Report on horse surra - Volume II, Part I
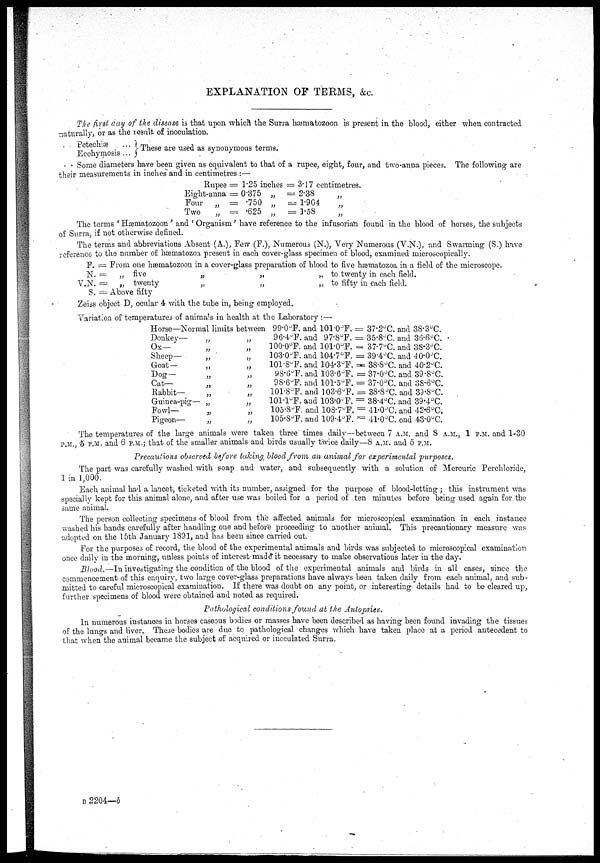
EXPLANATION OF TERMS, &c.
The first day of the disease is that upon which the Surra hæmatozoon is present in the blood, either when contracted
naturally, or as the result of inoculation.
Petchaiæ
...}These
are used as synonymous terms.
Ecchymosis ...
Some diameters have been given as equivalent to that of a rupee, eight, four, and two-anna pieces. The following are
their measurements in inches and in centimetres :—
Rupee
Eight-anna
Four
Two
„
„
=
=
=
=
1.25 inches
0.375
.750
.625
„
„
„
=
=
=
=
3.17
2.38
1.904
1.58
centimetres.
„
„
„
The terms ' Hæmatozoon' and 'Organism' have reference to the infusorian found in the blood of horses, the subjects
of Surra, if not otherwise defined.
The terms and abbreviations Absent (A.), Few (F.), Numerous (N.), Very Numerous (V.N.), and Swarming (S.) have
reference to the number of hæmatozoa present in each cover-glass specimen of blood, examined microscopically.
V.
F.
N.
N.
S.
=
=
=
=
From one hæmatozoon in a cover-glass preparation of blood to five hæmatozoa in a field of the microscope.
„
„
five
twenty
Above fifty
„
„
„
„
„ to twenty in each field.
„ to fifty in each field.
Zeiss object D, ocular 4 with the tube in, being employed.
Variation of temperatures of animals in health at the Laboratory :—
Horse—Normal limits between
Donkey—
Ox—
Sheep—
Goat —
Dog—
Cat—
Rabbit—
Guinea-pig-
Fowl—
Pigeon—
„
„
„
„
„
„
„
„
„
„
„
„
„
„
„
„
„
„
„
„
99.0°F. and 101.0ºF.
96.4°F. and 97.8°F.
100.0°F. and 101.0°F.
103.0°F. and 104.7°F.
101.8°F. and 104.3°F.
98.6°F. and 103.6°F.
98.6°F. and 101.5°F.
101.8°F. and 103.6°F.
101.1°F. and 103.0°F.
105.8°F. and 108.7°F.
105.8°F. and 109.4°F.
= 37.2°C. and 38.3°C.
= 35.8°C. and 36.6°C.
= 37.7°C. and 35.3°C.
= 39.4°C. and 40.0°C.
= 38.8°C. and 40.2°C.
= 37.0°C. and 39.8°C.
= 37.0°C. and 38.6°C.
= 38.8°C. and 39.8°C.
= 38.4°C. and 39.4°C.
= 41.0°C. and 42.6°C.
= 41.0°C. ond 43.0°C.
The temperatures of the large animals were taken three times daily—between 7 A.M. and 8 A.M., 1 P.M. and 1-30
P.M., 5 P.M. and 6 P.M.; that of the smaller animals and birds usually twice daily—8 A.M. and 5 P.M.
Precautions observed before taking blood from an animal for experimental purposes.
The part was carefully washed with soap and water, and subsequently with a solution of Mercuric Perchloride,
1 in 1,000.
Each animal had a lancet, ticketed with its number, assigned for the purpose of blood-letting ; this instrument was
specially kept for this animal alone, and after use was boiled for a period of ten minutes before being used again for the
same animal.
The person collecting specimens of blood from the affected animals for microscopical examination in each instance
washed his hands carefully after handling one and before proceeding to another animal. This precautionary measure was
adopted on the 15th January 1891, and has been since carried out.
For the purposes of record, the blood of the experimental animals and birds was subjected to microscopical examination
once daily in the morning, unless points of interest.made it necessary to make observations later in the day.
Blood.—In investigating the condition of the blood of the experimental animals and birds in all cases, since the
commencement of this enquiry, two large cover-glass preparations have always been taken daily from each animal, and sub-
mitted to careful microscopical examination. If there was doubt on any point, or interesting details had to be cleared up,
further specimens of blood were obtained and noted as required.
Pathological conditions found at the Autopsies.
In numerous instances in horses caseous bodies or masses have been described as having been found invading the tissues
of the lungs and liver. These bodies are due to pathological changes which have taken place at a period antecedent to
that when the animal became the subject of acquired or incculated Surra.
B 2204—b